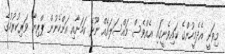
މިވަނީ އެދެމީހުންގެ ކައިވެނީގައި އެއްވެސް މައްސަލައެއް ނޫޅޭ ކަމަށާއި އަންހެނުން ޕްރިޔާ ވަރިކުރުމުގެ